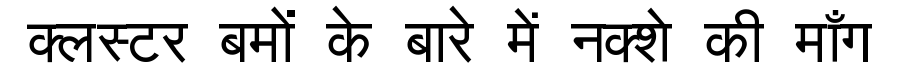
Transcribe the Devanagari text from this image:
क्लस्टर बमों के बारे में नक्शे की माँग